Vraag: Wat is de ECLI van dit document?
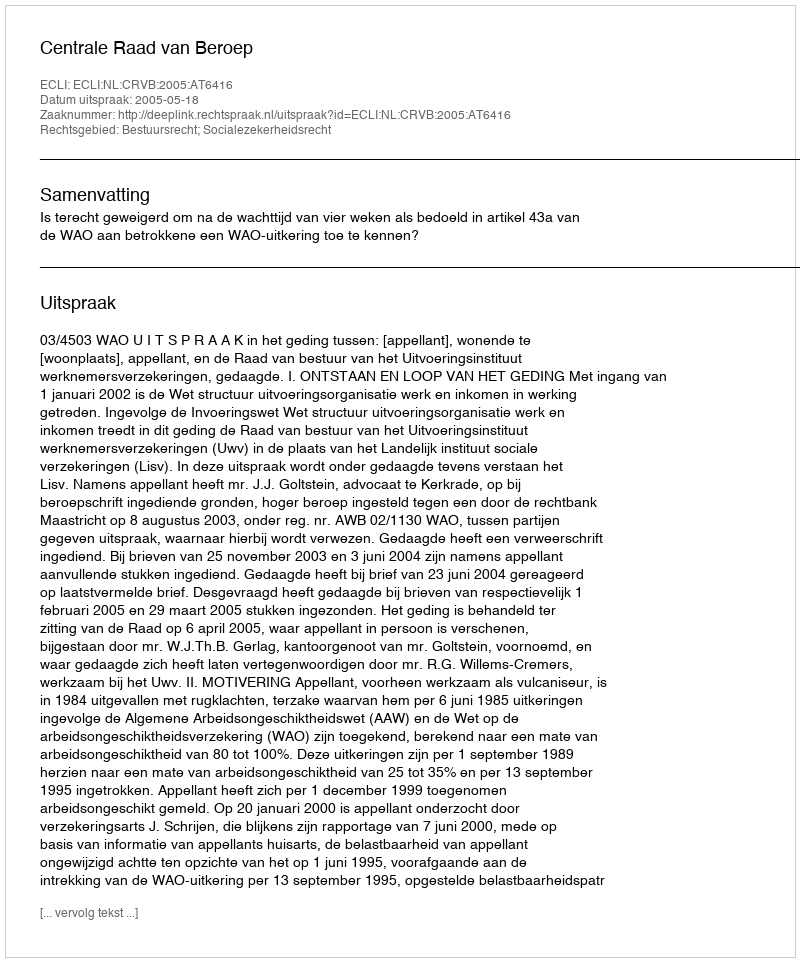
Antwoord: ECLI:NL:CRVB:2005:AT6416